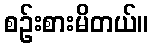
စဉ်းစားမိတယ်။